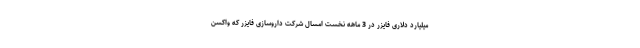
میلیارد دلاری فایزر در 3 ماهه نخست امسال شرکت داروسازی فایزر که واکسن